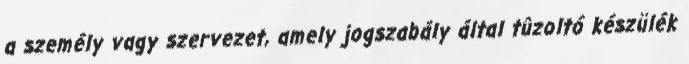
a személy vagy szervezet, amely jogszabály által tûzoltó készülék